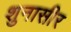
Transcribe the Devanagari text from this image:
शुनासीर